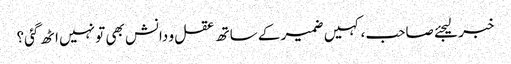
خبر لیجئے صاحب، کہیں ضمیر کے ساتھ عقل و دانش بھی تو نہیں اٹھ گئی؟